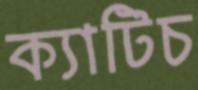
ক্যাটিচ